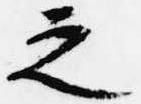
之